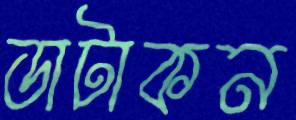
ডাটাকন